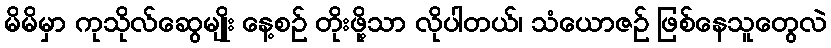
မိမိမှာ ကုသိုလ်ဆွေမျိုး နေ့စဉ် တိုးဖို့သာ လိုပါတယ်၊ သံယောဇဉ် ဖြစ်နေသူတွေလဲ